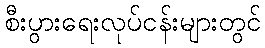
စီးပွားရေးလုပ်ငန်းများတွင်